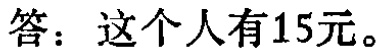
答：这个人有15元。